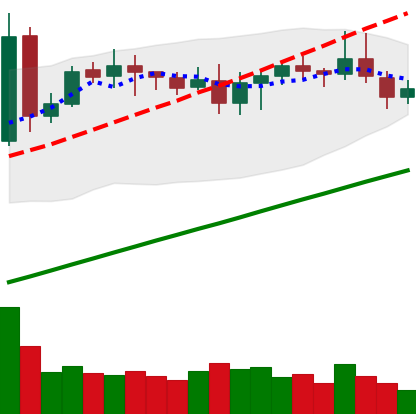
Ticker: DOGE-USD
Chart end date: 2020-08-20
Forward return: -4.452%
Label: down_3_5